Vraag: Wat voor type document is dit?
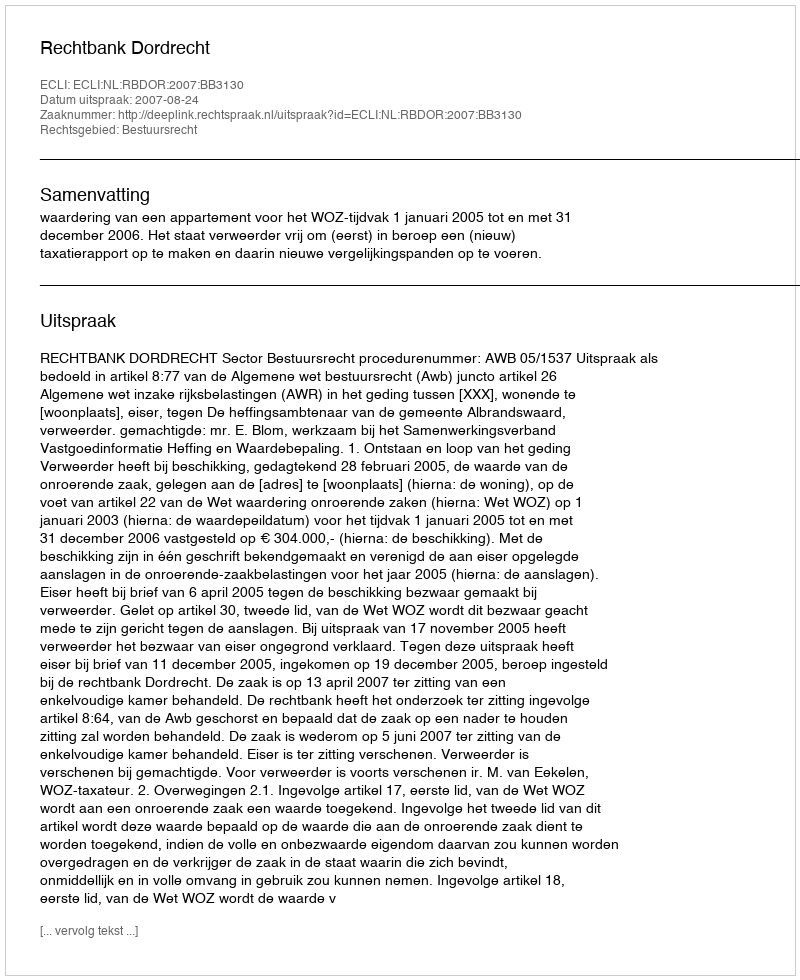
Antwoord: Uitspraak